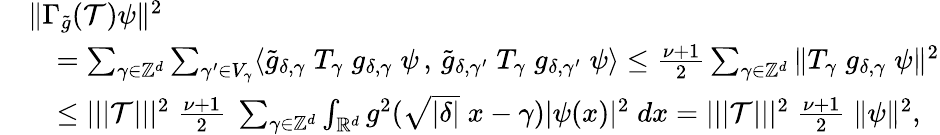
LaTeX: \begin{array}{rl}&{\Vert\Gamma_{\tilde{g}}(\mathcal{T})\psi\Vert^{2}}\\ &{\quad=\sum_{\gamma\in\mathbb{Z}^{d}}\sum_{\gamma^{\prime}\in V_{\gamma}}\langle\tilde{g}_{\delta,\gamma}\; T_{\gamma}\; {g}_{\delta,\gamma}\; \psi\, ,\, \tilde{g}_{\delta,\gamma^{\prime}}\; T_{\gamma}\; {g}_{\delta,\gamma^{\prime}}\; \psi\rangle\leq\frac{\nu+1}{2}\sum_{\gamma\in\mathbb{Z}^{d}}\Vert T_{\gamma}\; {g}_{\delta,\gamma}\; \psi\Vert^{2}}\\ &{\quad\leq|||\mathcal{T}|||^{2}\; \frac{\nu+1}{2}\; \sum_{\gamma\in\mathbb{Z}^{d}}\int_{\mathbb{R}^{d}}g^{2}(\sqrt{|\delta|}\; x-\gamma)|\psi(x)|^{2}\; dx=|||\mathcal{T}|||^{2}\; \frac{\nu+1}{2}\; \Vert\psi\Vert^{2},}\end{array}